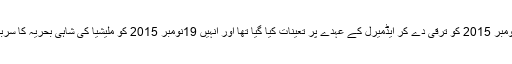
ایڈمیرل کو19 نومبر 2015 کو ترقی دے کر ایڈمیرل کے عہدے پر تعینات کیا گیا تھا اور انہیں 19نومبر 2015 کو ملیشیا کی شاہی بحریہ کا سربراہ مقرر کیا گیا۔